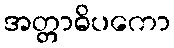
အတ္တာဓိပကော